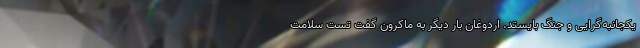
یکجانبه‌گرایی و جنگ بایستد. اردوغان بار دیگر به ماکرون گفت تست سلامت